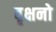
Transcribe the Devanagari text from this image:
वृक्षनो